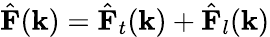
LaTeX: {\hat{\mathbf{F}}}(\mathbf{k})={\hat{\mathbf{F}}}_{t}(\mathbf{k})+{\hat{\mathbf{F}}}_{l}(\mathbf{k})